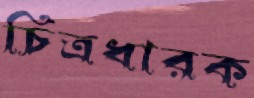
চিত্রধারক